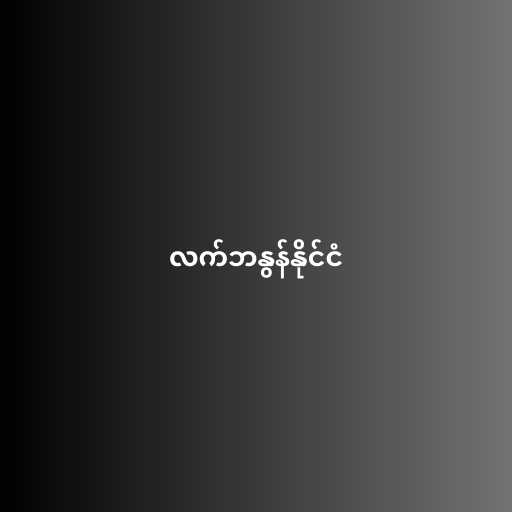
လက်ဘနွန်နိုင်ငံ